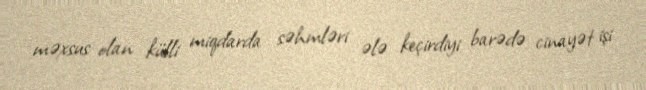
məxsus olan külli miqdarda səhmləri ələ keçirdiyi barədə cinayət işi